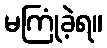
မကြုံခဲ့ရ။